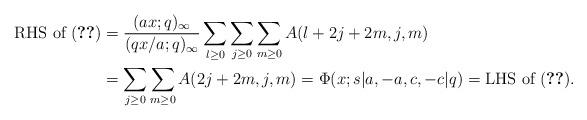
LaTeX: \begin{align*}\mbox{RHS of (\ref{6phi5even})}&={(ax;q)_\infty\over (qx/a;q)_\infty} \sum_{l\geq 0}\sum_{j\geq 0}\sum_{m\geq 0}A(l+2j+2m,j,m)\\&=\sum_{j\geq 0}\sum_{m\geq 0}A(2j+2m,j,m)=\Phi(x;s|a,-a,c,-c|q)=\mbox{LHS of (\ref{6phi5even})}.\end{align*}